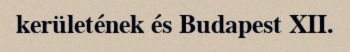
kerületének és Budapest XII.